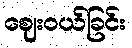
ဈေးဝယ်ခြင်း